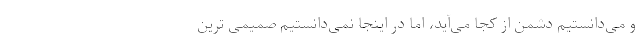
و می‌دانستیم دشمن از کجا می‌آید، اما در اینجا نمی‌دانستیم صمیمی ترین